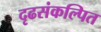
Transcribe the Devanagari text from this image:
दृढसंकल्पित